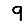
Digit: 9